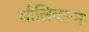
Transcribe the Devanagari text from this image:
मौलिवान्न